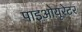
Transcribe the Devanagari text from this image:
पाइओयूरेटर